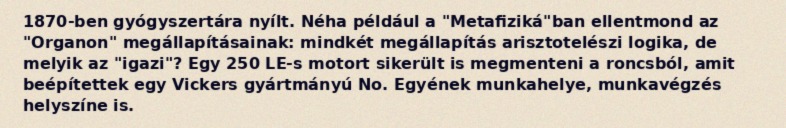
1870-ben gyógyszertára nyílt. Néha például a "Metafiziká"ban ellentmond az "Organon" megállapításainak: mindkét megállapítás arisztotelészi logika, de melyik az "igazi"? Egy 250 LE-s motort sikerült is megmenteni a roncsból, amit beépítettek egy Vickers gyártmányú No. Egyének munkahelye, munkavégzés helyszíne is.